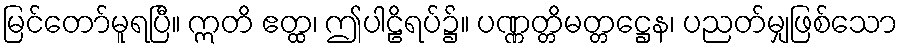
မြင်တော်မူရပြီ။ ဣတိ ဧတ္ထ၊ ဤပါဠိရပ်၌။ ပဏ္ဏတ္တိမတ္တဋ္ဌေန၊ ပညတ်မျှဖြစ်သော